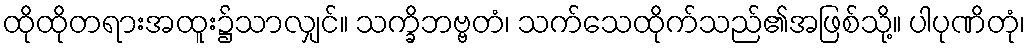
ထိုထိုတရားအထူး၌သာလျှင်။ သက္ခိဘဗ္ဗတံ၊ သက်သေထိုက်သည်၏အဖြစ်သို့။ ပါပုဏိတုံ၊